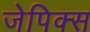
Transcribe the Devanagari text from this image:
जेपिक्स